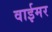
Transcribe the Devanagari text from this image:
वाईमर